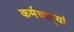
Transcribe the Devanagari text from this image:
कर्मचाऱ्यां